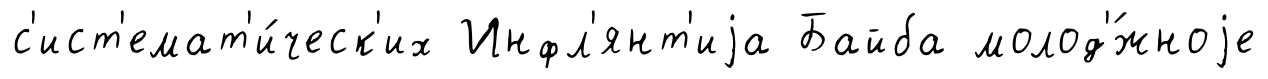
с'ист'емат'и́ческ'их Инфл'янт'иjа Байба молод'́жноjе